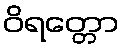
ဝိရတ္တော